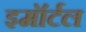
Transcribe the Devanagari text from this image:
इमॉर्टल